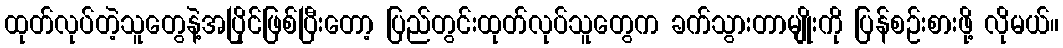
ထုတ်လုပ်တဲ့သူတွေနဲ့အပြိုင်ဖြစ်ပြီးတော့ ပြည်တွင်းထုတ်လုပ်သူတွေက ခက်သွားတာမျိုးကို ပြန်စဉ်းစားဖို့ လိုမယ်။